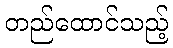
တည်ထောင်သည့်